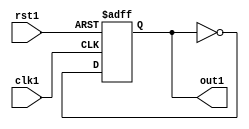
module jk (clk1,rst1,out1);
input clk1;
input rst1;
output out1;
reg out1;
always@(posedge clk1 or posedge rst1) begin
	if(rst1) out1 <= 0;
	else out1 <= ~out1;
end
endmodule